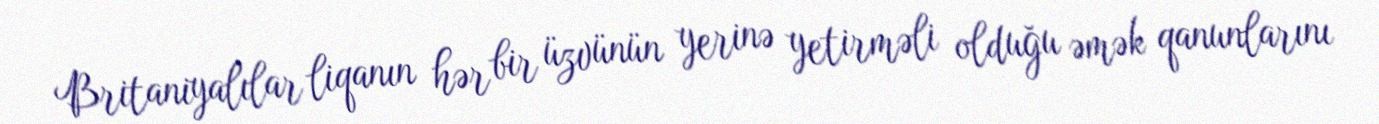
Britaniyalılar liqanın hər bir üzvünün yerinə yetirməli olduğu əmək qanunlarını